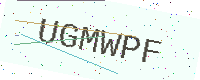
Text: UGMWPF